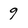
Character: 9